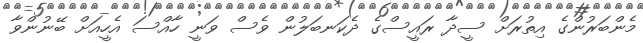
މެންބަރުންގެ އިތުރަށް ސީދާ ރައީސްގެ ދެކަނބަލުން ވެސް ވަނީ ހާއްސަ އެހީއަށް ބޭނުންވާ